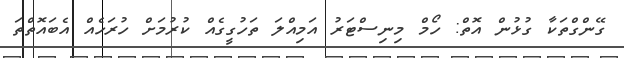
ގޭންގްތަކާ ގުޅުން އޮތް: ހޯމް މިނިސްޓަރު އަމިއްލަ ތަހުގީގެއް ކުރުމަށް ހުރަހެއް އެބައޮތްތަ